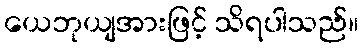
ယေဘုယျအားဖြင့် သိရပါသည်။